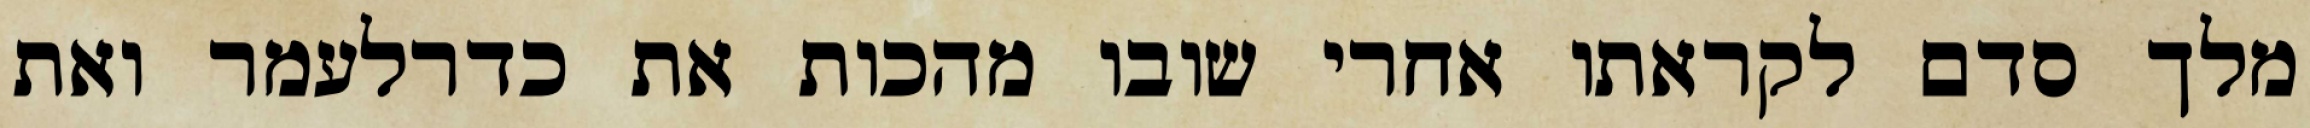
מלך סדם לקראתו אחרי שובו מהכות את כדרלעמר ואת